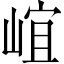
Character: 𡹠